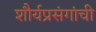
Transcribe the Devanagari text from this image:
शौर्यप्रसंगांची